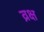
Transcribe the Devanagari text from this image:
व्रक्ष